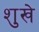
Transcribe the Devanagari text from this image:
शुखे